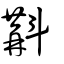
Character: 斠